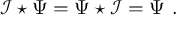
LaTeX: \mathcal { I } \star \Psi = \Psi \star \mathcal { I } = \Psi \ .